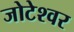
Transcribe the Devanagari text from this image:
जोटेश्‍वर